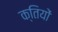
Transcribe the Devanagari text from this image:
क्तियों